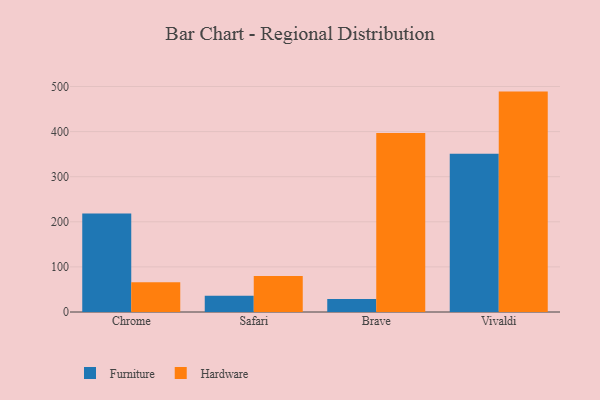
{"axis": {"x": "Browser", "y": "Shipments"}, "legend": ["Furniture", "Hardware"], "data": [{"x": "Chrome", "y": 218.6, "type": "Furniture"}, {"x": "Chrome", "y": 66.0, "type": "Hardware"}, {"x": "Safari", "y": 35.8, "type": "Furniture"}, {"x": "Safari", "y": 79.8, "type": "Hardware"}, {"x": "Brave", "y": 29.0, "type": "Furniture"}, {"x": "Brave", "y": 396.8, "type": "Hardware"}, {"x": "Vivaldi", "y": 350.7, "type": "Furniture"}, {"x": "Vivaldi", "y": 488.7, "type": "Hardware"}]}